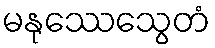
မနုဿေသွေတံ